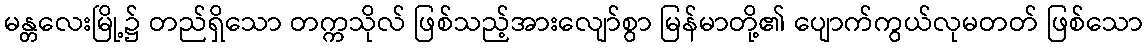
မန္တလေးမြို့၌ တည်ရှိသော တက္ကသိုလ် ဖြစ်သည့်အားလျော်စွာ မြန်မာတို့၏ ပျောက်ကွယ်လုမတတ် ဖြစ်သော